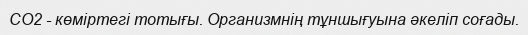
СО2 - көміртегі тотығы. Организмнің тұншығуына әкеліп соғады.